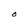
Character: O